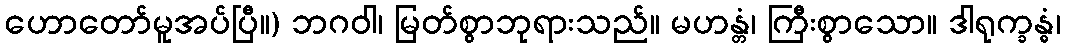
ဟောတော်မူအပ်ပြီ။) ဘဂဝါ၊ မြတ်စွာဘုရားသည်။ မဟန္တံ၊ ကြီးစွာသော။ ဒါရုက္ခန္ဓံ၊